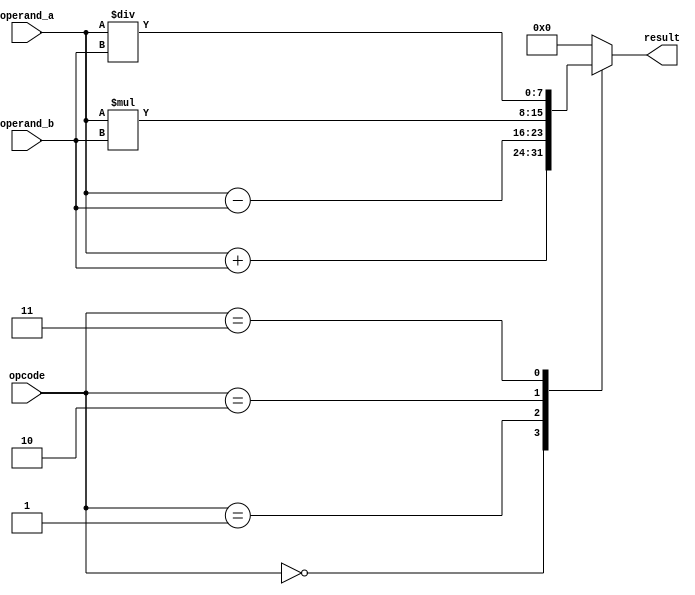
module ComplexALU (
    input [3:0] opcode,
    input [7:0] operand_a,
    input [7:0] operand_b,
    output reg [7:0] result
);

reg [7:0] addResult, subResult, mulResult, divResult;

always @(*) begin
    case(opcode)
        4'b0000: begin // Addition
            addResult = operand_a + operand_b;
            result = addResult;
        end
        4'b0001: begin // Subtraction
            subResult = operand_a - operand_b;
            result = subResult;
        end
        4'b0010: begin // Multiplication
            mulResult = operand_a * operand_b;
            result = mulResult;
        end
        4'b0011: begin // Division
            divResult = operand_a / operand_b;
            result = divResult;
        end
        default: begin
            result = 8'b00000000; // Default to 0 if opcode does not match any operation
        end
    endcase
end

endmodule